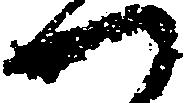
つ